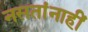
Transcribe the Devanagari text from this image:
नसतांनाहीं